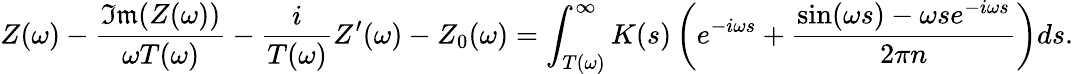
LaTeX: Z(\omega)-\frac{\mathfrak{Im}(Z(\omega))}{\omega T(\omega)}-\frac{i}{T(\omega)}Z^{\prime}(\omega)-Z_{0}(\omega)=\int_{T(\omega)}^{\infty}K(s)\left(e^{-i\omega s}+\frac{\sin(\omega s)-\omega se^{-i\omega s}}{2\pi n}\right)ds.